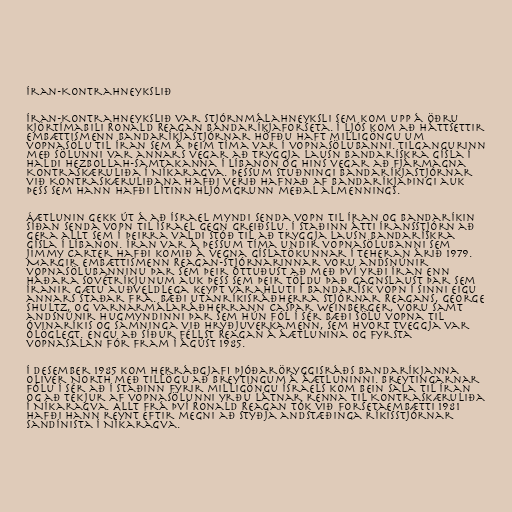
Íran-Kontrahneykslið

Íran-Kontrahneykslið var stjórnmálahneyksli sem kom upp á öðru
kjörtímabili Ronald Reagan Bandaríkjaforseta. Í ljós kom að háttsettir
embættismenn Bandaríkjastjórnar höfðu haft milligöngu um
vopnasölu til Íran sem á þeim tíma var í vopnasölubanni. Tilgangurinn
með sölunni var annars vegar að tryggja lausn bandarískra gísla í
haldi Hezbollah-samtakanna í Líbanon og hins vegar að fjármagna
Kontraskæruliða í Níkaragva. Þessum stuðningi Bandaríkjastjórnar
við Kontraskæruliðana hafði verið hafnað af Bandaríkjaþingi auk
þess sem hann hafði lítinn hljómgrunn meðal almennings.

Áætlunin gekk út á að Ísrael myndi senda vopn til Íran og Bandaríkin
síðan senda vopn til Ísrael gegn greiðslu. Í staðinn átti Íransstjórn að
gera allt sem í þeirra valdi stóð til að tryggja lausn bandarískra
gísla í Líbanon. Íran var á þessum tíma undir vopnasölubanni sem
Jimmy Carter hafði komið á vegna gíslatökunnar í Teheran árið 1979.
Margir embættismenn Reagan-stjórnarinnar voru andsnúnir
vopnasölubanninu þar sem þeir óttuðust að með því yrði Íran enn
háðara Sovétríkjunum auk þess sem þeir töldu það gagnslaust þar sem
Íranir gætu auðveldlega keypt varahluti í bandarísk vopn í sinni eigu
annars staðar frá. Bæði utanríkisráðherra stjórnar Reagans, George
Shultz, og varnarmálaráðherrann Caspar Weinberger, voru samt
andsnúnir hugmyndinni þar sem hún fól í sér bæði sölu vopna til
óvinaríkis og samninga við hryðjuverkamenn, sem hvort tveggja var
ólöglegt. Engu að síður féllst Reagan á áætlunina og fyrsta
vopnasalan fór fram í ágúst 1985.

Í desember 1985 kom herráðgjafi Þjóðaröryggisráðs Bandaríkjanna
Oliver North með tillögu að breytingum á áætluninni. Breytingarnar
fólu í sér að í staðinn fyrir milligöngu Ísraels kom bein sala til Íran
og að tekjur af vopnasölunni yrðu látnar renna til Kontraskæruliða
í Níkaragva. Allt frá því Ronald Reagan tók við forsetaembætti 1981
hafði hann reynt eftir megni að styðja andstæðinga ríkisstjórnar
Sandínista í Níkaragva.